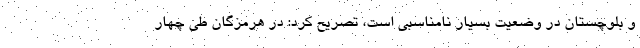
و بلوچستان در وضعیت بسیار نامناسبی است، تصریح کرد: در هرمزگان طی چهار